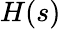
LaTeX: H(s)